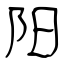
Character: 阳